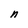
Character: n